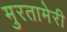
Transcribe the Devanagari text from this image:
मुरतामेरी